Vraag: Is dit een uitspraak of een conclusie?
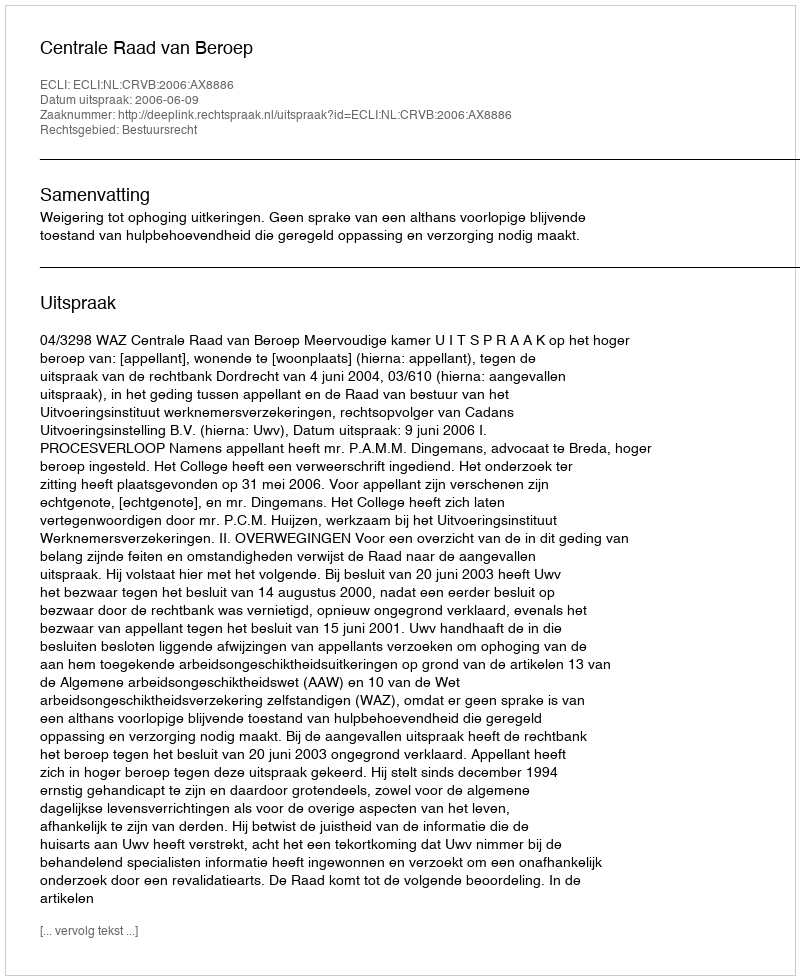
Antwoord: Uitspraak